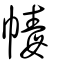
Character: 𦇨